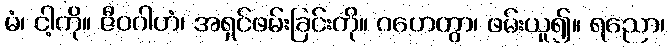
မံ၊ ငါ့ကို။ ဇီဝဂါဟံ၊ အရှင်ဖမ်းခြင်းကို။ ဂဟေတွာ၊ ဖမ်းယူ၍။ ရညော၊